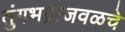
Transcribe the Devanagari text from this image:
तुंगभद्राजवळचे